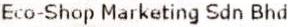
ECO-SHOP MARKETING SDN BHD